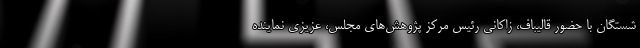
شستگان با حضور قالیباف، زاکانی رئیس مرکز پژوهش‌های مجلس، عزیزی نماینده